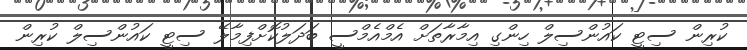
ކުރިން ސިޓީ ކައުންސިލް ހިންގި އިމާރާތަށް އެމްއެމްސީ ބަދަލުކޮށްފިމާލޭ ސިޓީ ކައުންސިލް ކުރިން